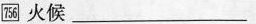
756 火候___